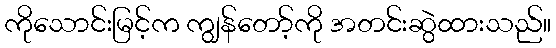
ကိုသောင်းမြင့်က ကျွန်တော့်ကို အတင်းဆွဲထားသည်။